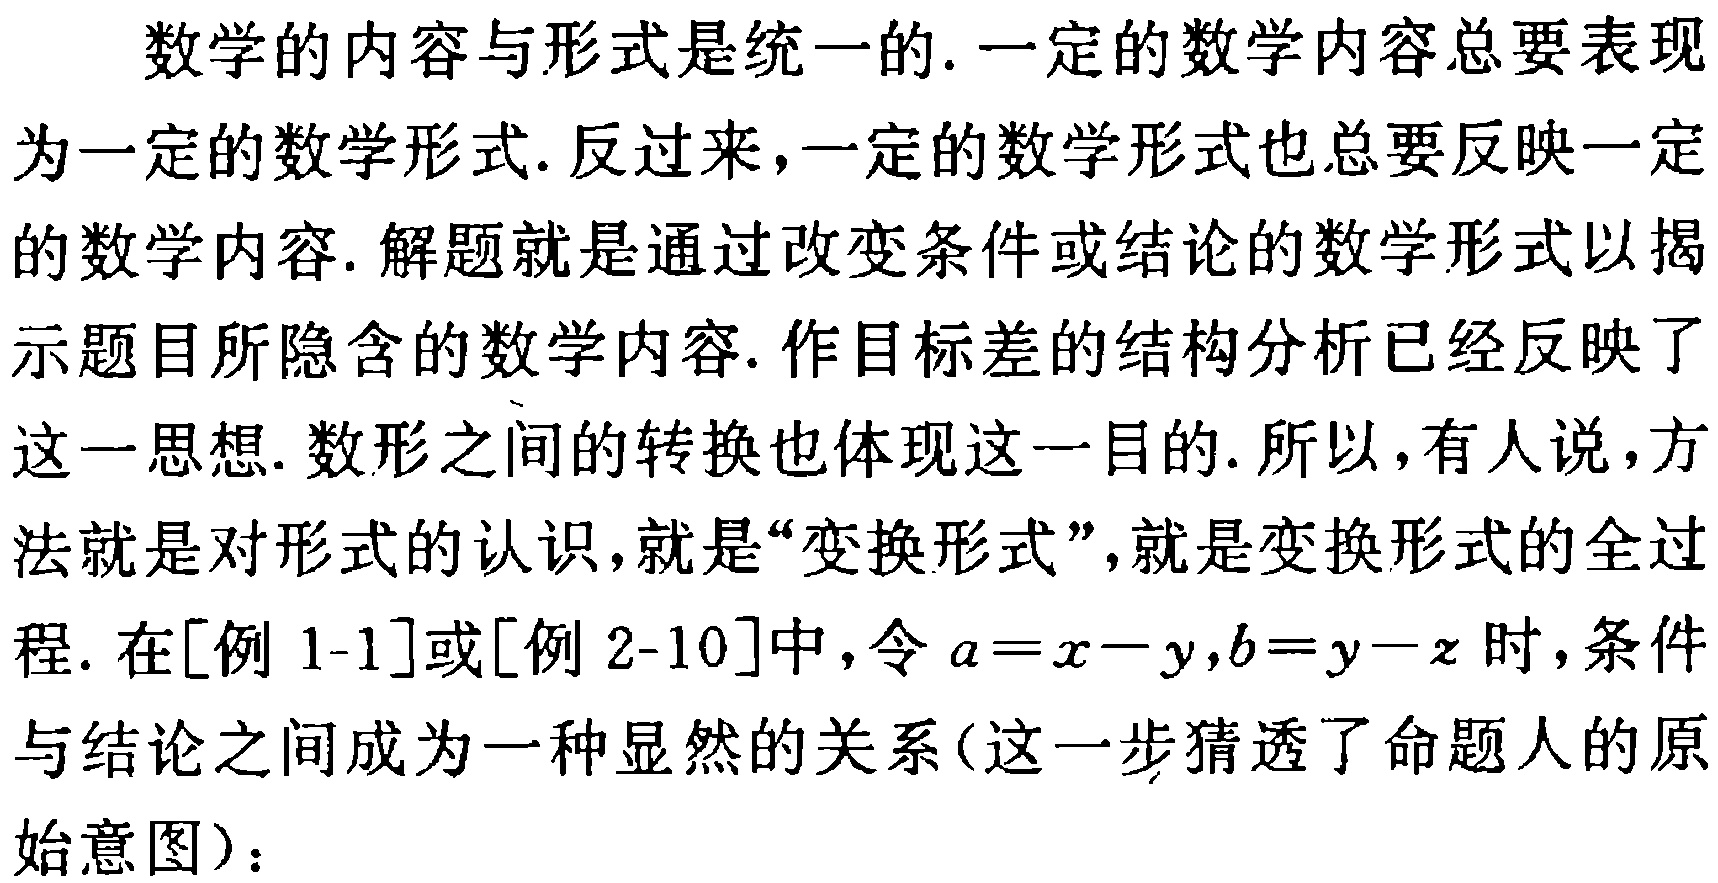
数学的内容与形式是统一的. 一定的数学内容总要表现为一定的数学形式. 反过来,一定的数学形式也总要反映一定的数学内容. 解题就是通过改变条件或结论的数学形式以揭示题目所隐含的数学内容. 作目标差的结构分析已经反映了这一思想. 数形之间的转换也体现这一目的. 所以, 有人说, 方法就是对形式的认识, 就是“变换形式”, 就是变换形式的全过程. 在[例 1-1]或[例 2-10]中, 令 \(a = x - y,b = y - z\) 时, 条件与结论之间成为一种显然的关系(这一步猜透了命题人的原始意图)：